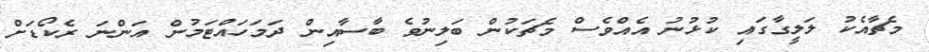
މެޗާއެކު ލަލީގާގައި ކުޅުނު އެއްވެސް މެޗަކުން ބަލިނުވެ ބާސާއިން ދަމަހައްޓަމުން އަންނަ ރެކޯޑަށް